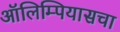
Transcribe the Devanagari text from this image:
ऑलिम्पियासचा